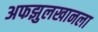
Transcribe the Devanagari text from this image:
अफझुलखानला